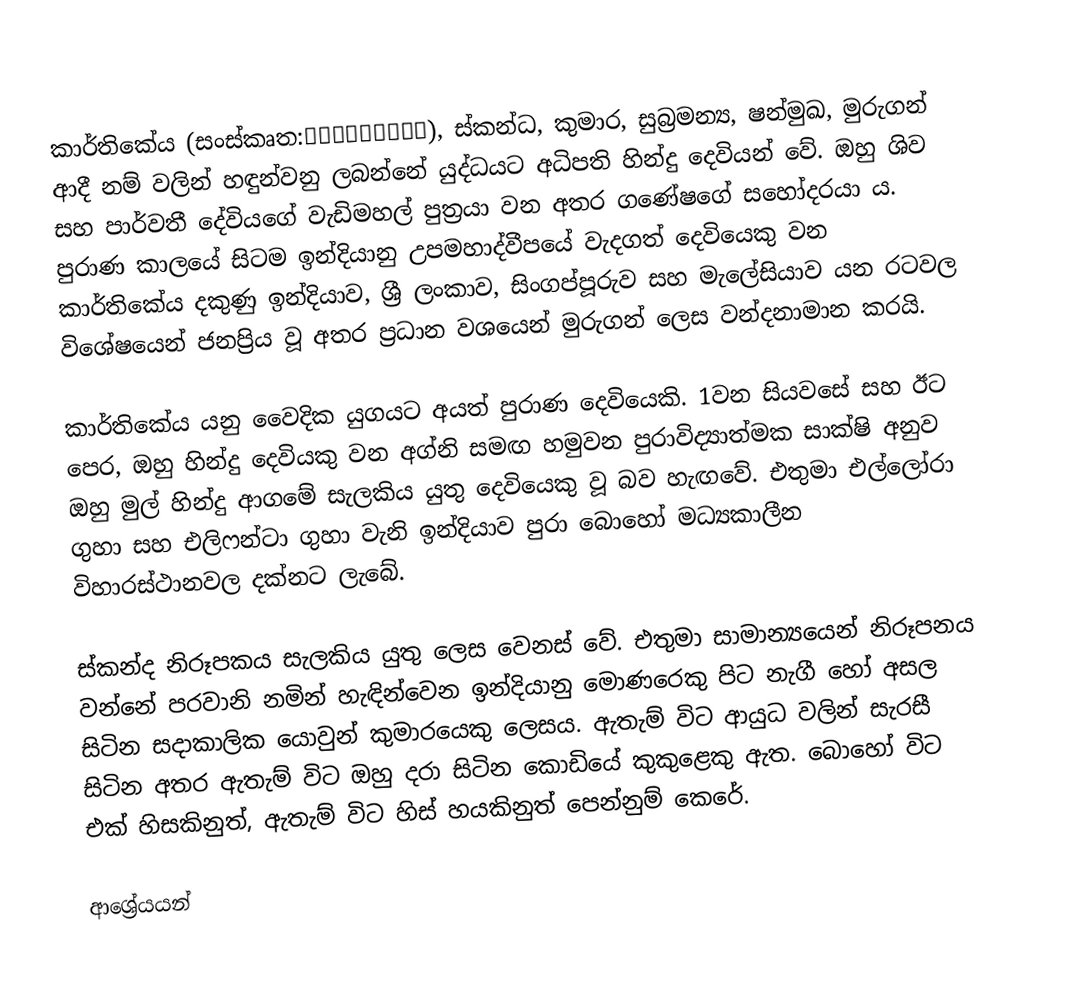
කාර්තිකේය (සංස්කෘත:कार्तिकेय), ස්කන්ධ, කුමාර, සුබ්‍රමන්‍ය, ෂන්මුඛ, මුරුගන් ආදී නම් වලින් හඳුන්වනු ලබන්නේ යුද්ධයට අධිපති හින්දු දෙවියන් වේ. ඔහු ශිව සහ පාර්වතී දේවියගේ වැඩිමහල් පුත්‍රයා වන අතර ගණේෂගේ සහෝදරයා ය. පුරාණ කාලයේ සිටම ඉන්දියානු උපමහාද්වීපයේ වැදගත් දෙවියෙකු වන කාර්තිකේය දකුණු ඉන්දියාව, ශ්‍රී ලංකාව, සිංගප්පූරුව සහ මැලේසියාව යන රටවල විශේෂයෙන් ජනප්‍රිය වූ අතර ප්‍රධාන වශයෙන් මුරුගන් ලෙස වන්දනාමාන කරයි.

කාර්තිකේය යනු වෛදික යුගයට අයත් පුරාණ දෙවියෙකි. 1වන සියවසේ සහ ඊට පෙර, ඔහු හින්දු දෙවියකු වන අග්නි සමඟ හමුවන පුරාවිද්‍යාත්මක සාක්ෂි අනුව ඔහු මුල් හින්දු ආගමේ සැලකිය යුතු දෙවියෙකු වූ බව හැඟවේ. එතුමා එල්ලෝරා ගුහා සහ එලිෆන්ටා ගුහා වැනි ඉන්දියාව පුරා බොහෝ මධ්‍යකාලීන විහාරස්ථානවල දක්නට ලැබේ.

ස්කන්ද නිරූපකය සැලකිය යුතු ලෙස වෙනස් වේ. එතුමා සාමාන්‍යයෙන් නිරූපනය වන්නේ පරවානි නමින් හැඳින්වෙන ඉන්දියානු මොණරෙකු පිට නැගී හෝ අසල සිටින සදාකාලික යොවුන් කුමාරයෙකු ලෙසය. ඇතැම් විට ආයුධ වලින් සැරසී සිටින අතර ඇතැම් විට ඔහු දරා සිටින කොඩියේ කුකුළෙකු ඇත. බොහෝ විට එක් හිසකිනුත්, ඇතැම් විට හිස් හයකිනුත් පෙන්නුම් කෙරේ.

ආශ්‍රේයයන්